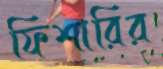
ফিশারির